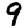
Digit: 9